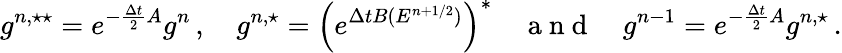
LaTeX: g^{n,\star\star}=e^{-\frac{\Delta t}{2}A}g^{n}\, ,\quad g^{n,\star}=\left(e^{\Delta tB(E^{n+1/2})}\right)^{*}\quad\mathrm{~a~n~d~}\quad g^{n-1}=e^{-\frac{\Delta t}{2}A}g^{n,\star}\, .